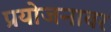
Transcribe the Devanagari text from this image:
प्रयोजनावर